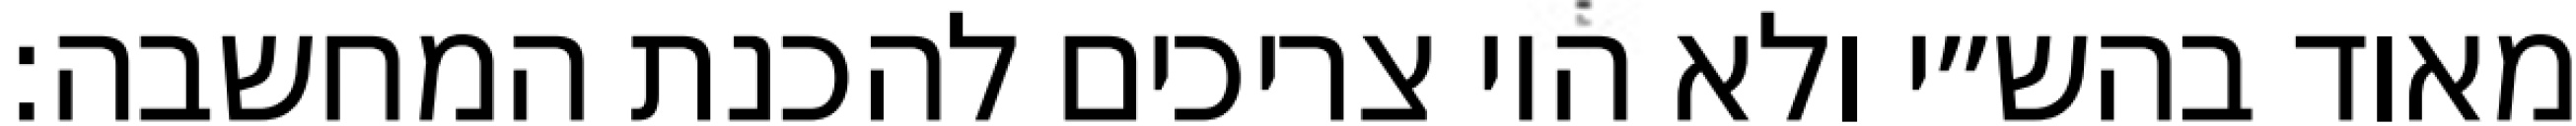
מאוד בהש״י ולא היו צריכים להכנת המחשבה: